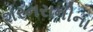
શરનરાનીના